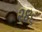
૨૪૬